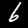
Digit: 6